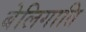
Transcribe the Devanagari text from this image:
बेलिगाति